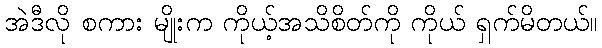
အဲဒီလို စကား မျိုးက ကိုယ့်အသိစိတ်ကို ကိုယ် ရှက်မိတယ်။